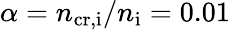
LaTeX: \alpha=n_{\mathrm{cr,i}}/n_{\mathrm{i}}=0.01